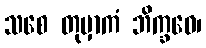
သစေ တုမှာကံ ဘိက္ခဝေ၊